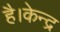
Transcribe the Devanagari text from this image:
है।केन्द्र